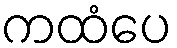
ကထံပေ